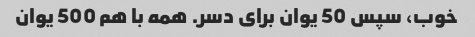
خوب، سپس 50 یوان برای دسر. همه با هم 500 یوان